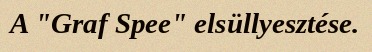
A "Graf Spee" elsüllyesztése.